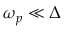
\omega _ { p } \ll \Delta